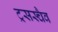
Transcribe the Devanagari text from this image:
ट्रसस्चैव